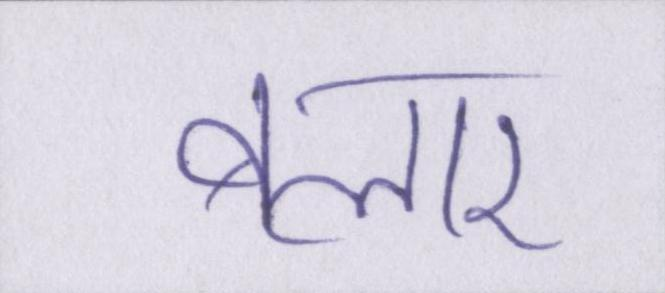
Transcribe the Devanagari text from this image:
बलार